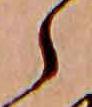
ら